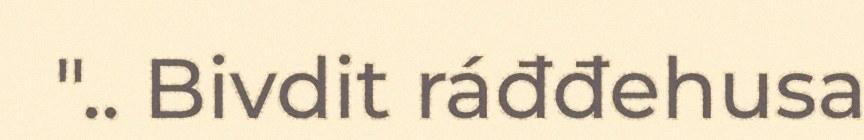
".. Bivdit ráđđehusa